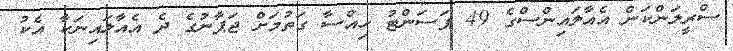
ސްރީލަންކަން އެއާލައިންސްގެ 49 ޕަސަންޓު ހިއްސާ ގަތުމަށް ޖަޕާނުގެ ދެ އެއާލައިނަކާ އެކު